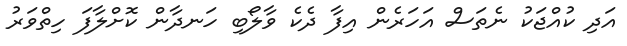
އަދި ކުއްޖަކު ނެތަސް އަހަރެން އިފާ ދެކެ ވާލޯބި ހަނދާން ކޮށްލާފަ ހިތްވަރު